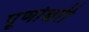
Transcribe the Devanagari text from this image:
पूर्णोश्वरी